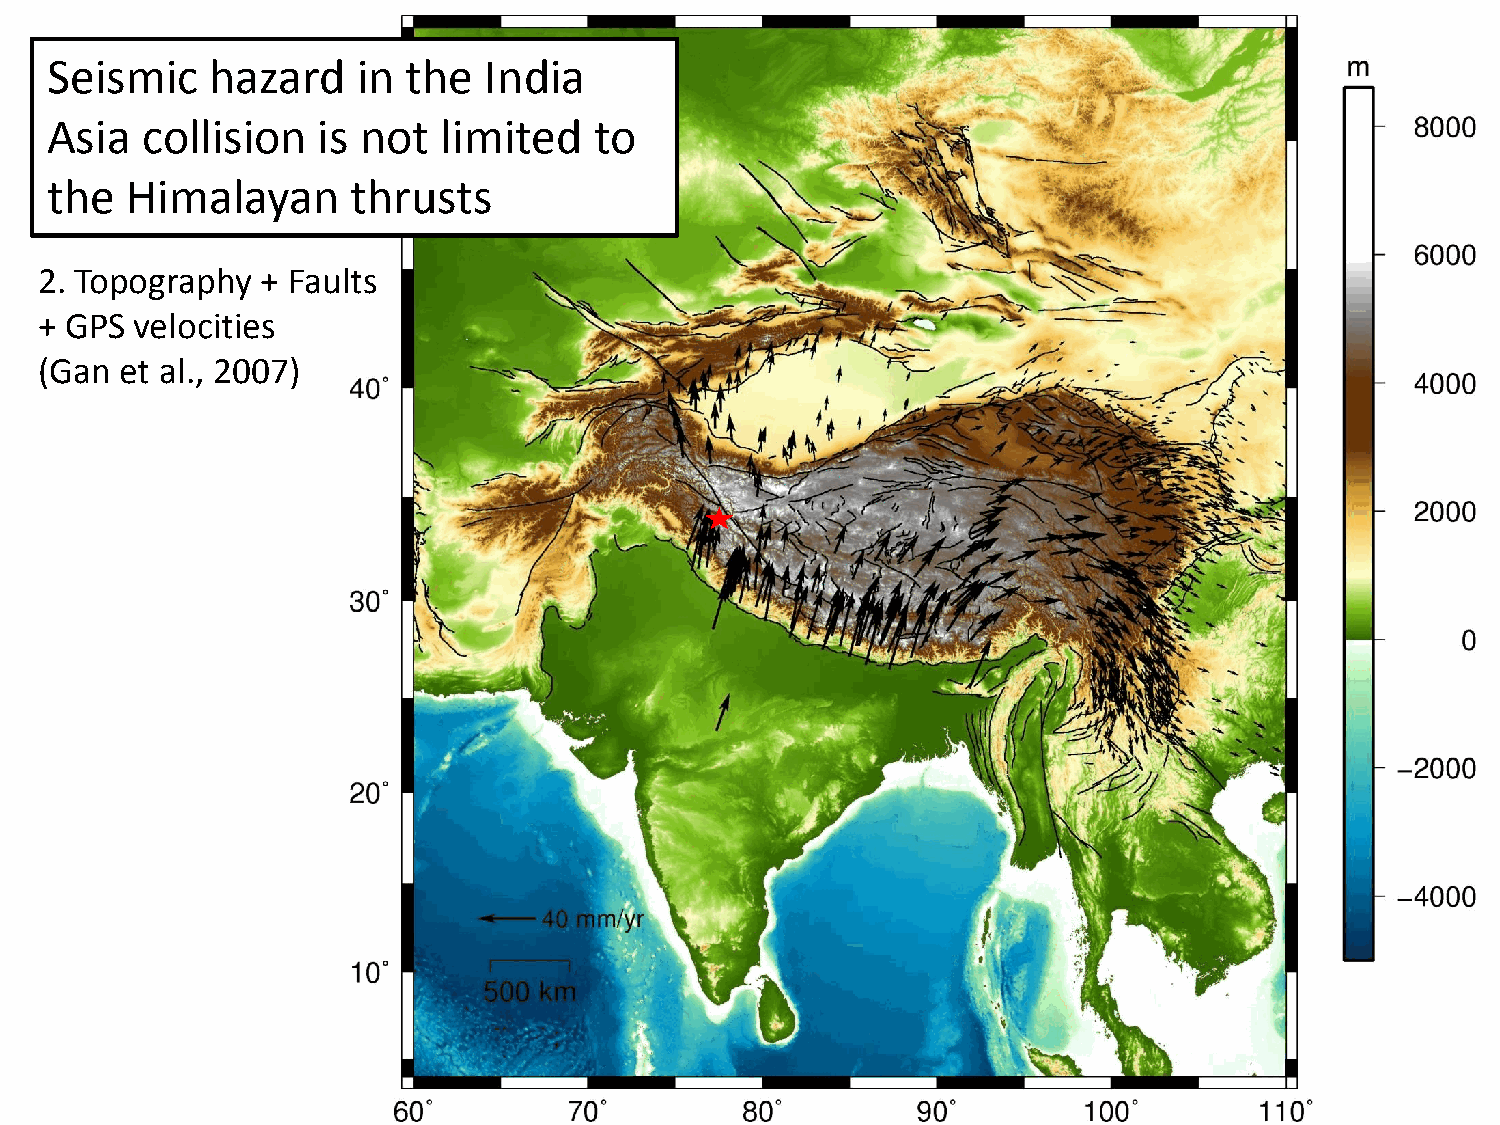
Seismic    hazard    in the  India
 Asia  collision   is not  limited   to
 the  Himalayan      thrusts
 2. Topography  + Faults
 + GPS  velocities
 (Gan  et al., 2007)